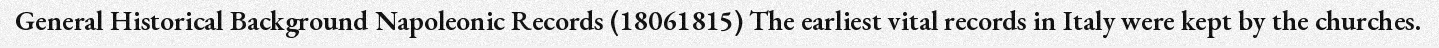
General Historical Background Napoleonic Records (18061815) The earliest vital records in Italy were kept by the churches.